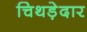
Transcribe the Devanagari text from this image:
चिथड़ेदार